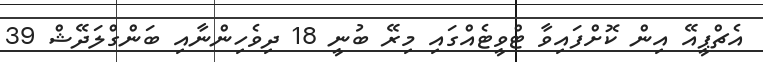
އެޗްޕީއޭ އިން ކޮށްފައިވާ ޓްވީޓެއްގައި މިރޭ ބުނީ 18 ދިވެހިންނާއި ބަންގްލަދޭޝް 39